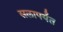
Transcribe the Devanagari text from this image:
सलापर्यंत